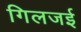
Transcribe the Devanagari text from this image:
गिलजई